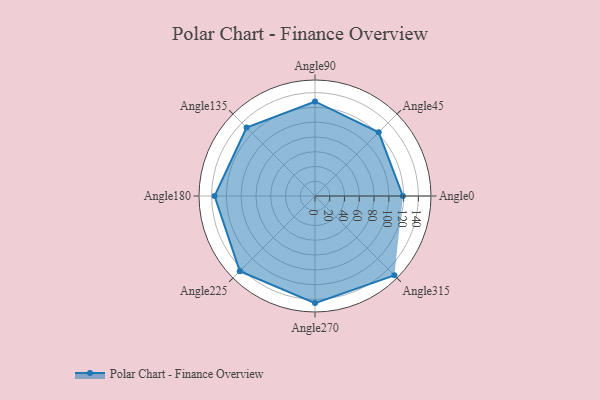
{"axis": {"x": "Angle", "y": "Radius"}, "legend": [""], "data": [{"x": "Angle0", "y": 119.0, "type": ""}, {"x": "Angle45", "y": 122.0, "type": ""}, {"x": "Angle90", "y": 128.0, "type": ""}, {"x": "Angle135", "y": 131.0, "type": ""}, {"x": "Angle180", "y": 136.0, "type": ""}, {"x": "Angle225", "y": 144.0, "type": ""}, {"x": "Angle270", "y": 145.0, "type": ""}, {"x": "Angle315", "y": 152.0, "type": ""}]}